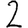
Digit: 2